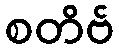
စတိဗ်